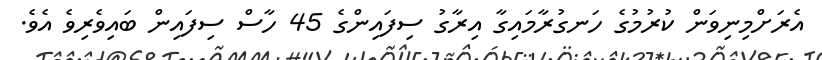
އެރަށްމިނިވަން ކުރުމުގެ ހަނގުރާމައިގާ އިރާގު ސިފައިންގެ 45 ހާސް ސިފައިން ބައިވެރިވެ އެވެ.